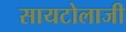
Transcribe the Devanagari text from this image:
सायटोलाजी